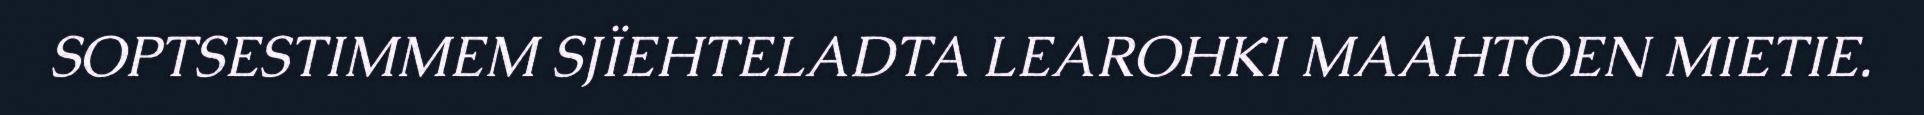
SOPTSESTIMMEM SJÏEHTELADTA LEAROHKI MAAHTOEN MIETIE.